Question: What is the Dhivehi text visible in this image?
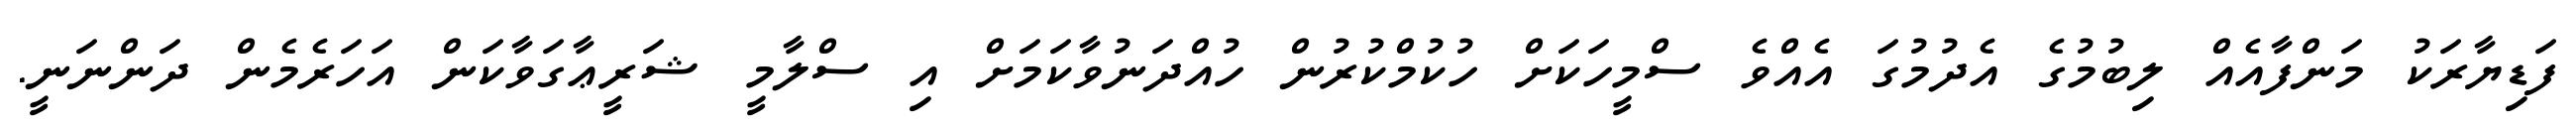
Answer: ފަޑިޔާރަކު މަންފާއެއް ލިބުމުގެ އެދުމުގަ އެއްވެ ސްމީހަކަށް ހުކުމްކުރުން ހުއްދަނުވާކަމަށް އި ސްލާމީ ޝަރީޢާގަވާކަން އަހަރެމެން ދަންނަނީ.